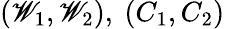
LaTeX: (\mathscr{W}_{1},\mathscr{W}_{2}),~(C_{1},C_{2})